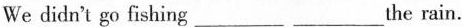
We didn't go fishing_the rain.